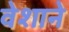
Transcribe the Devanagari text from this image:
वेशाने